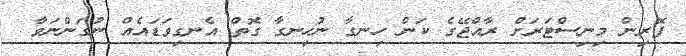
ފޮރިން މިނިސްޓަރަށް ރާއްޖޭގެ ކަން ހިނގާ ނުހިނގާ ގޮތް އެނގިވަޑައެއް ނުގަންނަވާ